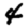
Digit: 4